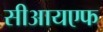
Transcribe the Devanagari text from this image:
सीआयएफ